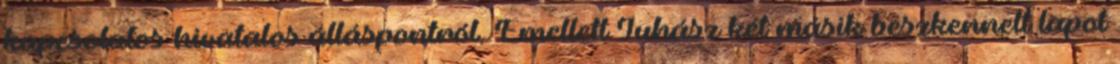
kapcsolatos hivatalos álláspontról. Emellett Juhász két másik beszkennelt lapot